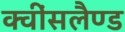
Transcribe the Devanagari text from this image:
क्वींसलैण्ड